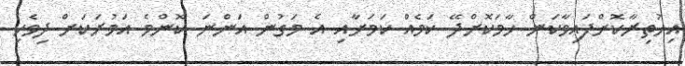
އިހުތިރާކޮށްފައިވާކަން ހާމަކޮށްދޭ ކަމެއް ކަމަށާއި އެ މަގުން އަންނަ ކޮންމެ އަމުރަކަށް ދިވެހި